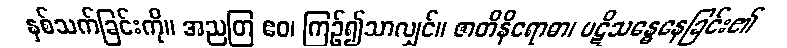
နှစ်သက်ခြင်းကို။ အညတြ ဧဝ၊ ကြဉ်၍သာလျှင်။ ဇာတိနိရောဓာ၊ ပဋိသန္ဓေနေခြင်း၏